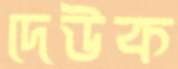
দেউক